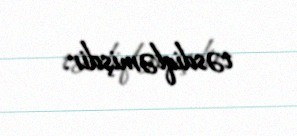
təsdiqləmişdir.